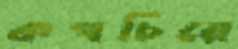
কপচিয়ে